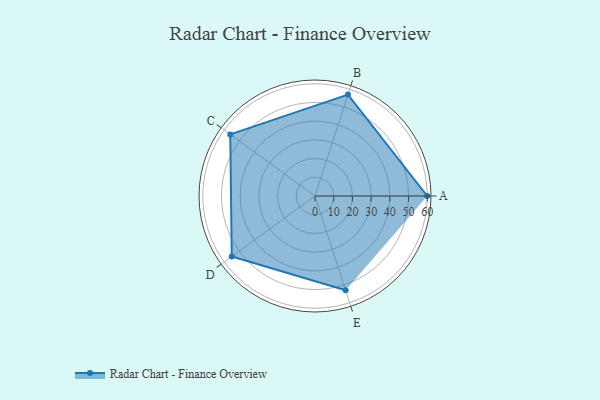
{"axis": {"x": "Skill", "y": "Score"}, "legend": ["Profile"], "data": [{"x": "A", "y": 60.0, "type": "Profile"}, {"x": "B", "y": 57.0, "type": "Profile"}, {"x": "C", "y": 56.0, "type": "Profile"}, {"x": "D", "y": 55.0, "type": "Profile"}, {"x": "E", "y": 53.0, "type": "Profile"}]}